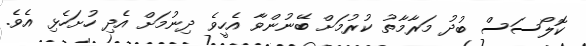
ކޮލޯސަސް ބުދު މަރާމާތު ކުރުމަށް ބޭނުންވާ އެހީވެ ދިނުމަށް އެދި ހުށަހެޅި އެވެ.